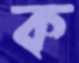
ক